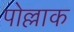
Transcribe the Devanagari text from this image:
पोल्लाक